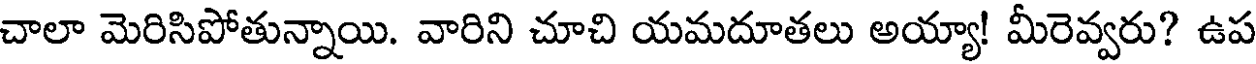
చాలా మెరిసిపోతున్నాయి. వారిని చూచి యమదూతలు అయ్యా! మీరెవ్వరు? ఉప